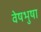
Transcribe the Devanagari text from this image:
वेषभुषा